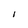
Character: I